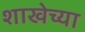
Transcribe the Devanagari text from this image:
शाखेच्‍या